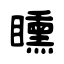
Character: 矄